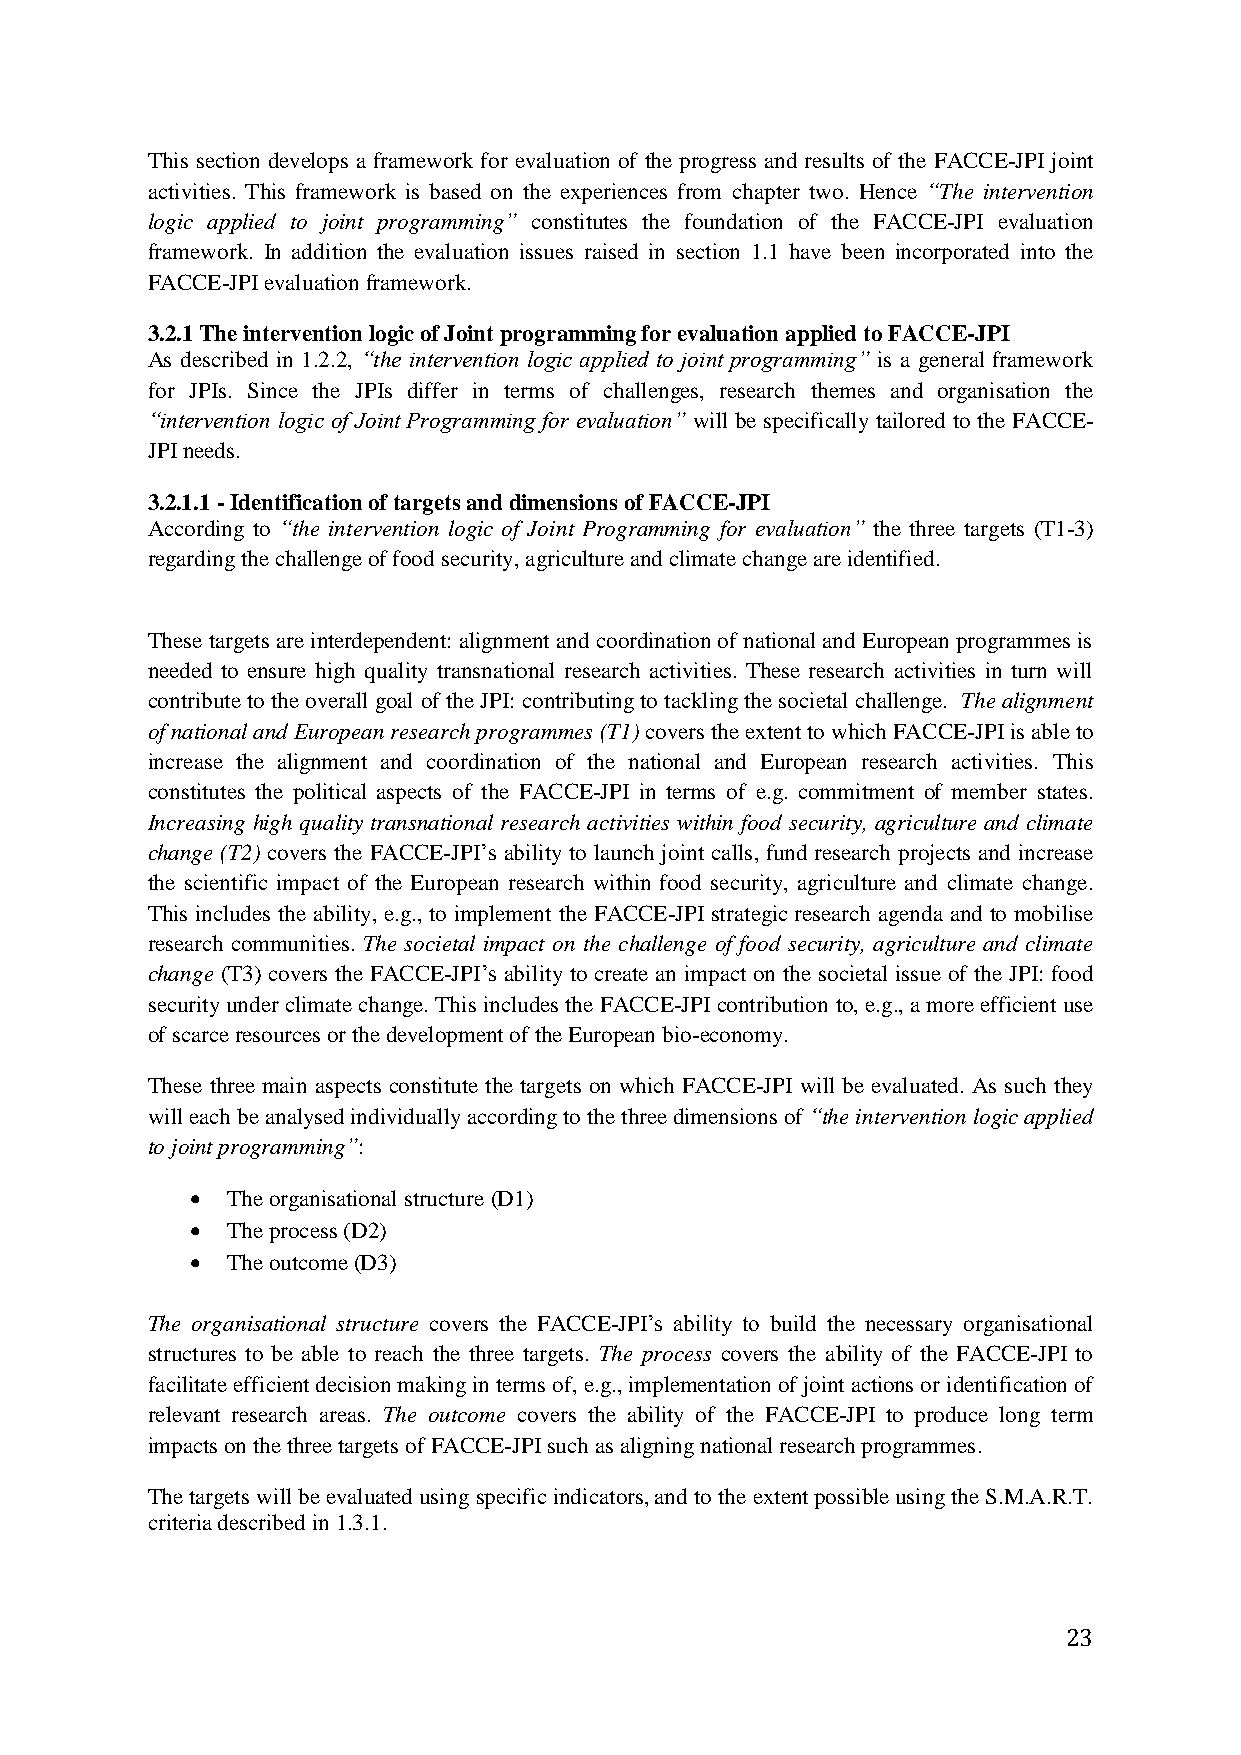
This section develops a framework for evaluation of the progress and results of the FACCE-JPI joint
 activities. This framework is based on the experiences from chapter two. Hence “The intervention
 logic applied to joint programming” constitutes the foundation of the FACCE-JPI evaluation
 framework. In addition the evaluation issues raised in section 1.1 have been incorporated into the
 FACCE-JPI evaluation framework.
 3.2.1 The intervention logic of Joint programming for evaluation applied to FACCE-JPI
 As described in 1.2.2, “the intervention logic applied to joint programming” is a general framework
 for JPIs. Since the JPIs differ in terms of challenges, research themes and organisation the
 “intervention logic of Joint Programming for evaluation” will be specifically tailored to the FACCE-
 JPI needs.
 3.2.1.1 - Identification of targets and dimensions of FACCE-JPI
 According to “the intervention logic of Joint Programming for evaluation” the three targets (T1-3)
 regarding the challenge of food security, agriculture and climate change are identified.
 These targets are interdependent: alignment and coordination of national and European programmes is
 needed to ensure high quality transnational research activities. These research activities in turn will
 contribute to the overall goal of the JPI: contributing to tackling the societal challenge. The alignment
 of national and European research programmes (T1) covers the extent to which FACCE-JPI is able to
 increase the alignment and coordination of the national and European research activities. This
 constitutes the political aspects of the FACCE-JPI in terms of e.g. commitment of member states.
 Increasing high quality transnational research activities within food security, agriculture and climate
 change (T2) covers the FACCE-JPI‟s ability to launch joint calls, fund research projects and increase
 the scientific impact of the European research within food security, agriculture and climate change.
 This includes the ability, e.g., to implement the FACCE-JPI strategic research agenda and to mobilise
 research communities. The societal impact on the challenge of food security, agriculture and climate
 change (T3) covers the FACCE-JPI‟s ability to create an impact on the societal issue of the JPI: food
 security under climate change. This includes the FACCE-JPI contribution to, e.g., a more efficient use
 of scarce resources or the development of the European bio-economy.
 These three main aspects constitute the targets on which FACCE-JPI will be evaluated. As such they
 will each be analysed individually according to the three dimensions of “the intervention logic applied
 to joint programming”:
  The organisational structure (D1)
  The process (D2)
  The outcome (D3)
 The organisational structure covers the FACCE-JPI‟s ability to build the necessary organisational
 structures to be able to reach the three targets. The process covers the ability of the FACCE-JPI to
 facilitate efficient decision making in terms of, e.g., implementation of joint actions or identification of
 relevant research areas. The outcome covers the ability of the FACCE-JPI to produce long term
 impacts on the three targets of FACCE-JPI such as aligning national research programmes.
 The targets will be evaluated using specific indicators, and to the extent possible using the S.M.A.R.T.
 criteria described in 1.3.1.
 23